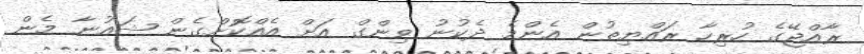
ރާއްޖޭގެ ހުރިހާ ރައްޔިތުން އެންމެ ދެކުނު ވިންގް އަށް އެއްކޮށްގެން ޝައުނާ މެން